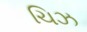
ચિઝ